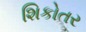
શિકોતર